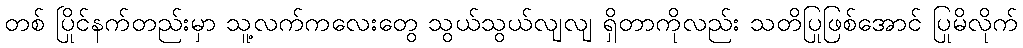
တစ် ပြိုင်နက်တည်းမှာ သူ့လက်ကလေးတွေ သွယ်သွယ်လျလျ ရှိတာကိုလည်း သတိပြုဖြစ်အောင် ပြုမိလိုက်